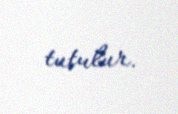
tutulur.